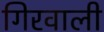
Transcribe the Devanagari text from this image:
गिरवाली